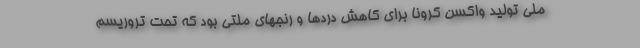
ملی تولید واکسن کرونا برای کاهش دردها و رنجهای ملتی بود که تحت تروریسم